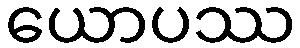
ယောပဿ